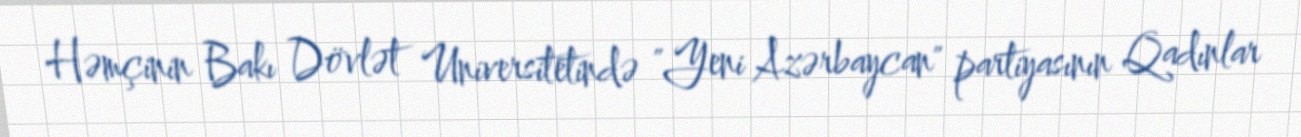
Həmçinin Bakı Dövlət Universitetində "Yeni Azərbaycan" partiyasının Qadınlar